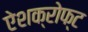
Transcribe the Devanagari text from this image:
ऐशक्रोफ्ट